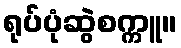
ရုပ်ပုံဆွဲစက္ကူ။